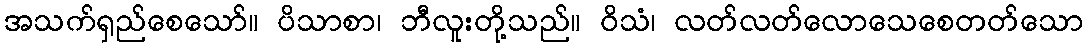
အသက်ရှည်စေသော်။ ပိသာစာ၊ ဘီလူးတို့သည်။ ဝိသံ၊ လတ်လတ်လောသေစေတတ်သော